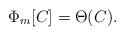
LaTeX: \begin{align*} \Phi_m[C] = \Theta(C).\end{align*}